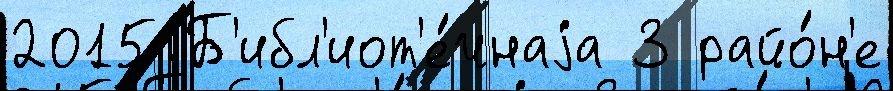
2015 Б'ибл'иот'е́чнаjа 3 райо́н'е